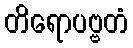
တိရောပဗ္ဗတံ